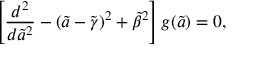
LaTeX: \left[ { \frac { d ^ { 2 } } { d { \tilde { a } } ^ { 2 } } } - ( \tilde { a } - { \tilde { \gamma } } ) ^ { 2 } + { \tilde { \beta } } ^ { 2 } \right] g ( \tilde { a } ) = 0 ,